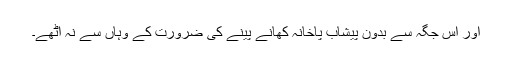
اور اس جگہ سے بدون پیشاب پاخانہ کھانے پینے کی ضرورت کے وہاں سے نہ اٹھے۔